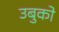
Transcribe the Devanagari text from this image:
उबुको